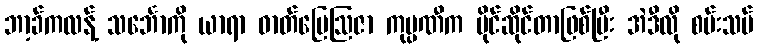
ဘာ့ခ်ကလန့် သင်္ဘောကို ယာရာ ဓာတ်မြေဩဇာ ကုမ္ပဏီက ပိုင်ဆိုင်တာဖြစ်ပြီး အဲဒီလို စမ်းသပ်